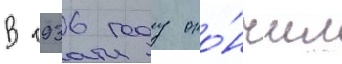
В 1936 году око́нчил